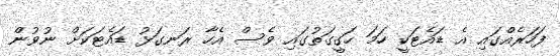
ފަހަރެއްގައި އެ ޑައެޓަކީ ހަމަ ހަގީގަތުގައި ވެސް އެހާ ރަނގަޅު ޑައެޓަކަށް ނުވުން